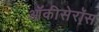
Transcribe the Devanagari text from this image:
ऑकीसेरॉस